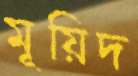
মূয়িদ